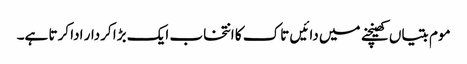
موم بتیاں کھینچنے میں دائیں تاک کا انتخاب ایک بڑا کردار ادا کرتا ہے۔